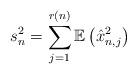
LaTeX: \begin{align*}s_{n}^{2}=\sum_{j=1}^{r(n)}\mathbb{E}\left(\hat{x}_{n,j}^{2}\right)\end{align*}